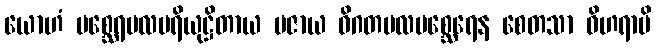
ယောဟံ မစ္ဆေရမလပရိယုဋ္ဌိတာယ ပဇာယ ဝိဂတမလမစ္ဆေရေန စေတသာ ဝိဟရာမိ